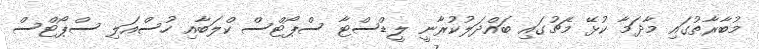
މުބާރާތުގައި މާދަމާ ކުޅޭ މެޗުގައި ބައްދަލުކުރާނީ ލީޑްސްޓާ ސްޕޯޓްސް ކްލަބާއި ހުސްއަލި ސްޕޯޓްސް